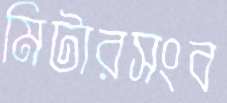
মিটারসংব